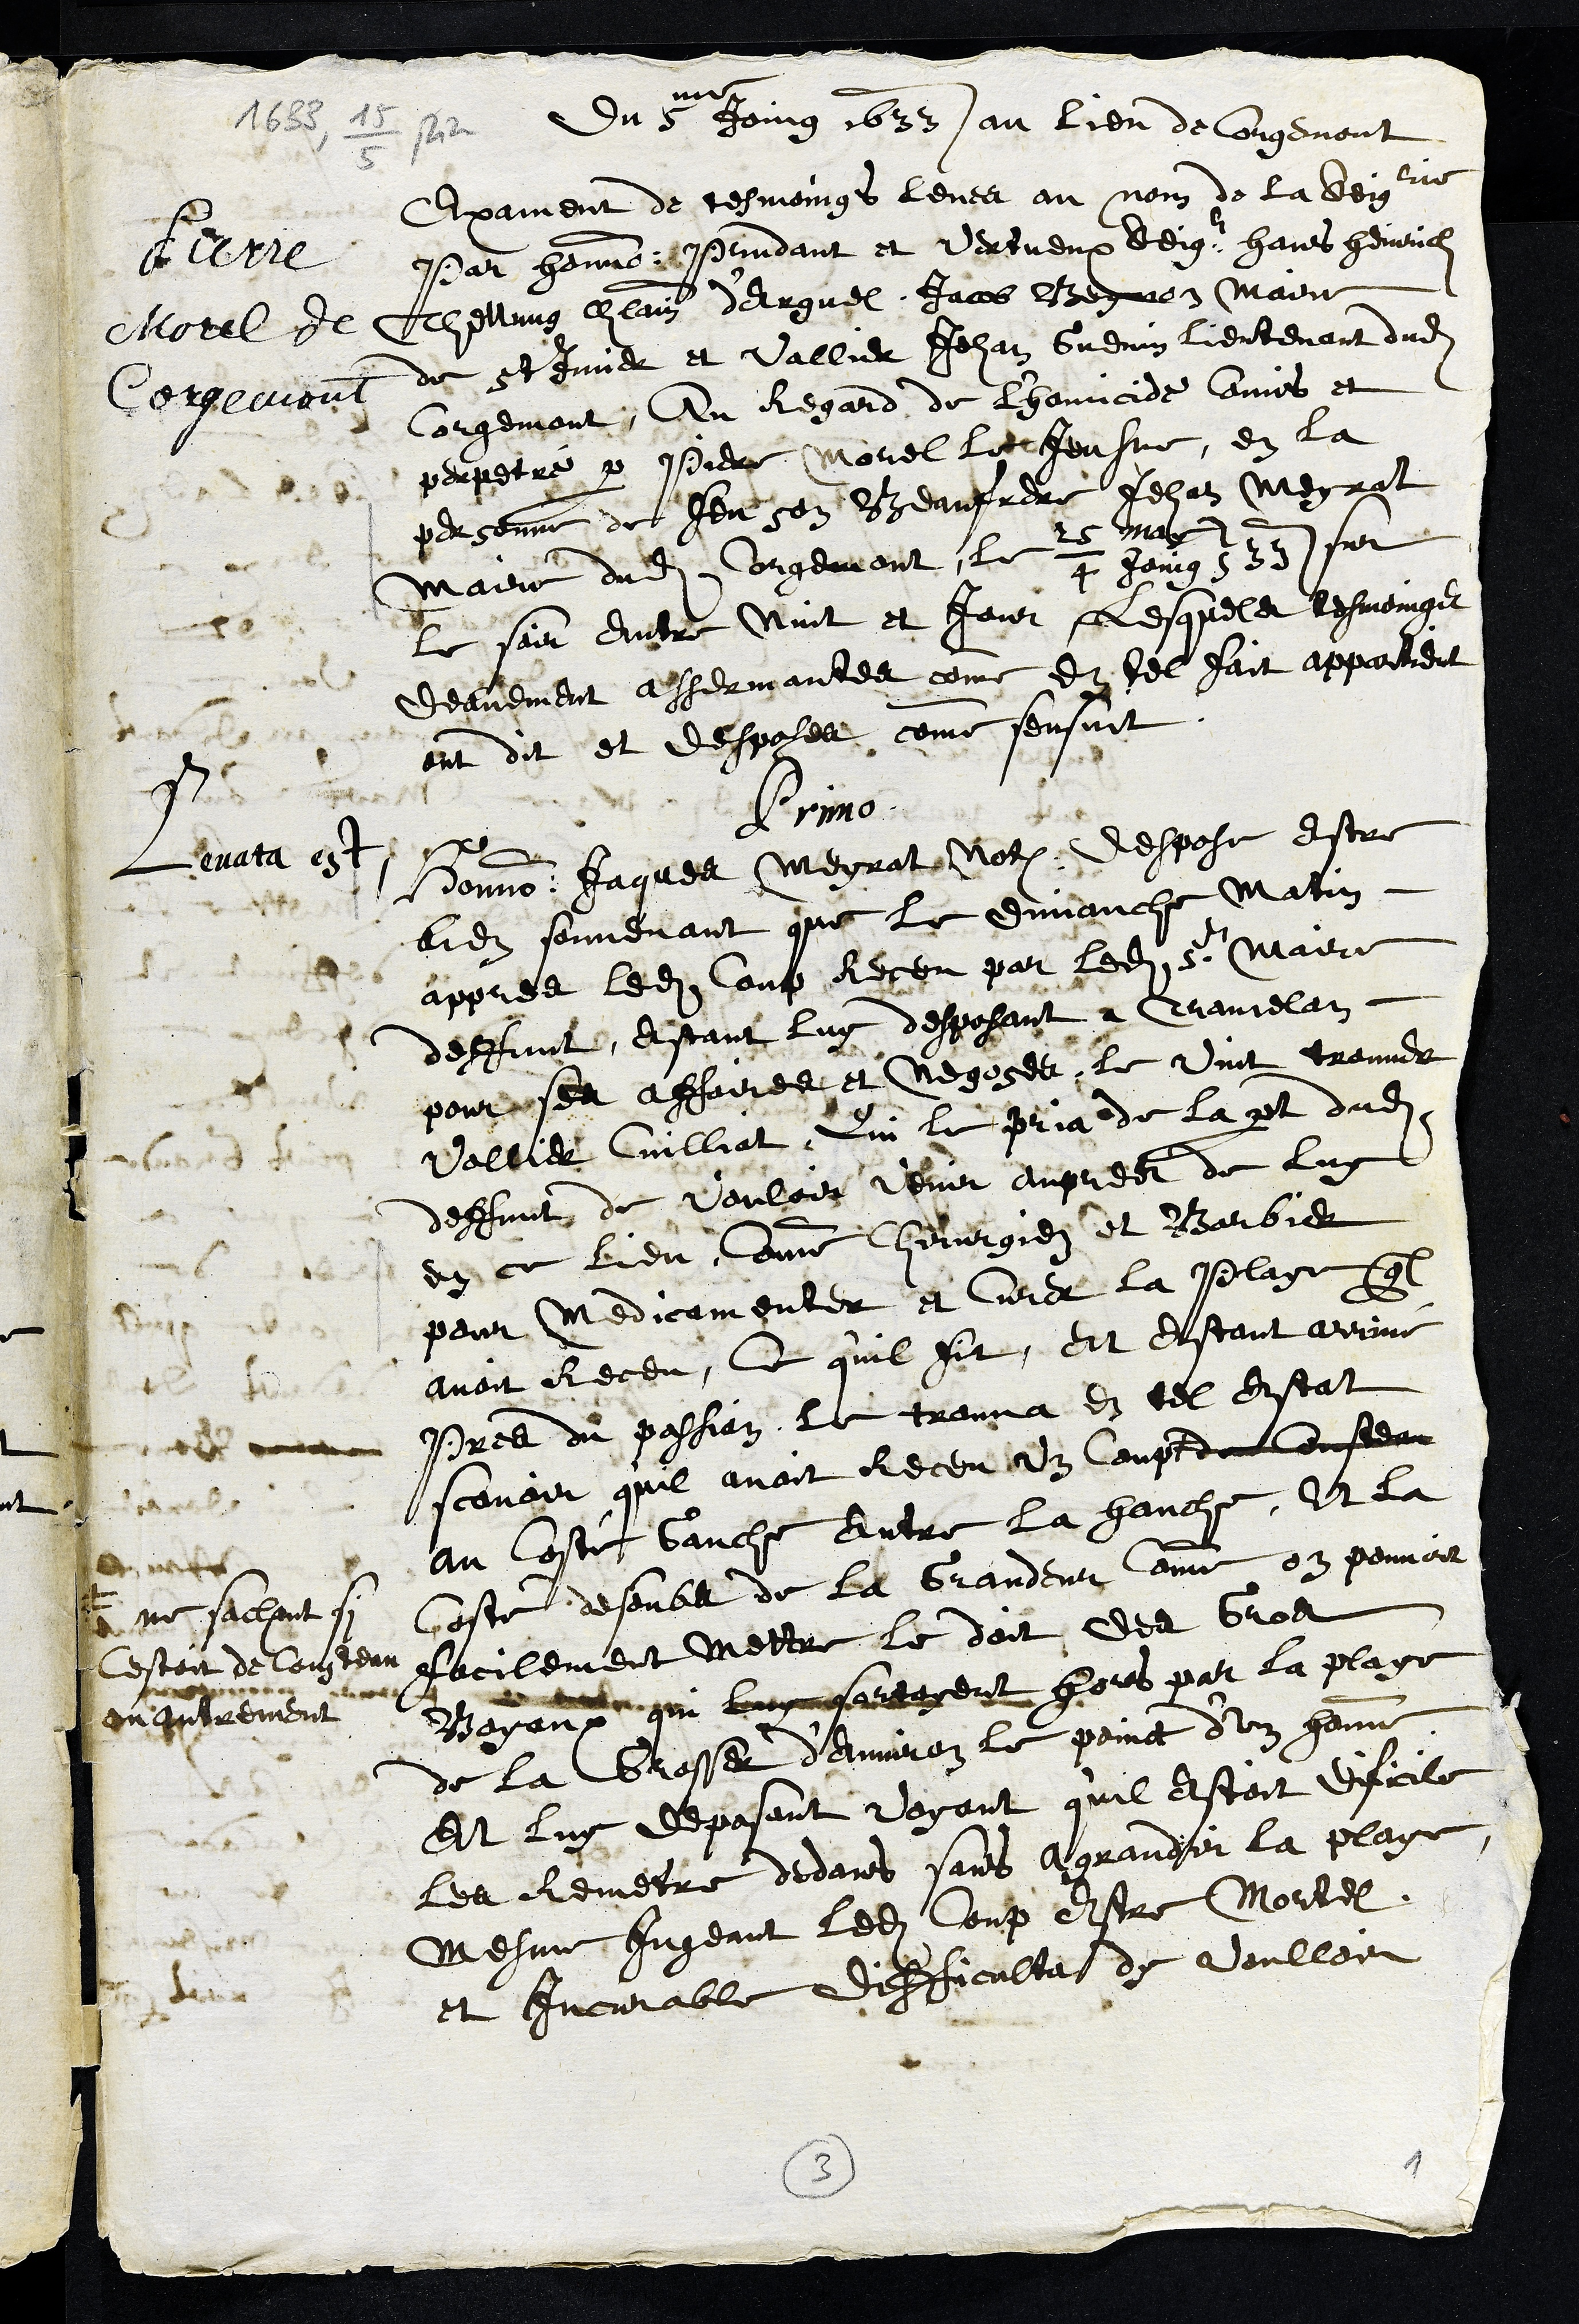
1633, 15 / 5 juin
Pierre
Morel de
Corgemont
Du 5me Joing 1633 au lieu de Corgemont
Exament de tesmoings leves au nom de la Seigrie
Par honnorable Prudant et vertueux Seigr hans heinrich
Tellung chatelain d'Erguel, Jacob Beynon Maire
de St Imier et Vallier Jehan Guenin lieutenant dudit
Corgement, Au regard de l'homicide Comis et
perpetré par Pierre Morel le Jeusne, en la
personne de feu son Beaufrere Jehan Meyrat
Maire dudit Corgemont, le 25 may
/4 joing 33 sur
le soir entre Nuit et Jour lesquels tesmoings
deauement assermantes comme En tel fait appartient
ont dit et desposes comme sensuit.
Primo
Levata est
Honnorable Jaques Meyrat Notaire despose estre
bien souvenant que le dimanche Matin
appres ledit coup receu par ledit Sr Maire
deffunt, estant luy desposant a Tramelan
pour ses affaires et negoses, le vint treuver
Vollier Cuilliat Qui le pria de la part dudit
deffunt de vouloir venir aupres de luy
en ce lieu comme Chirurgien et Barbier
pour medicamenter et Curer la Playe quil
avoit Receu, Ce quil fit, et estant arrivé
Pres du passian, le trouva en tel estat
scavoir quil avoit receu un coup #
ne sachant si
Cestoit de Cousteau
ou autrement
de Cousteau
au costé Gauche entre la hanche, Et la
Coste desoubs de la Grandeur Comme on pouvoit
facilement mettre le doit des Gros
Boyaux qui luy sortoyent hors par la playe
de la Grosser d’environ le poinct d’un homme
Et luy deposant voyant quil estoit dificile
les Remetre dedans sans Agrandir la playe
mesme Jugeant ledit Coup estre Mortel
et Incurable difficultea de voulloir
3
1